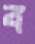
ব